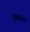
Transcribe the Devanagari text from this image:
गुंड्याला